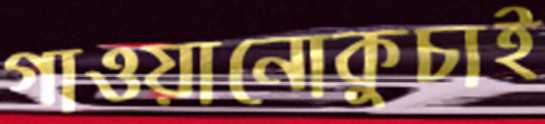
গাওয়ানোকুচাই